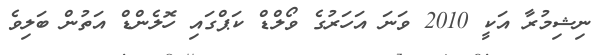
ނިޝިމުރާ އަކީ 2010 ވަނަ އަހަރުގެ ވޯލްޑް ކަޕްގައި ހޮލެންޑް އަތުން ބަލިވެ